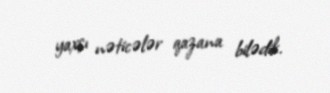
yaxşı nəticələr qazana bilədik.